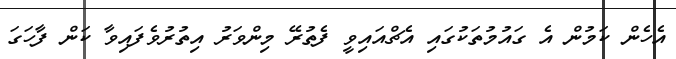
އެެހެން ކަމުން އެ ގައުމުތަކުގައި އެޗްއައިވީ ފެތުރޭ މިންވަރު އިތުރުވެފައިވާ ކަން ފާހަގަ